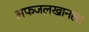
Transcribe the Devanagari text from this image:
अफजलखानला